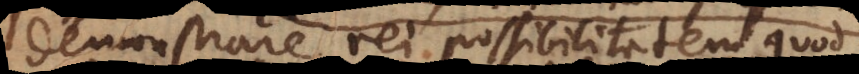
demonstrare rei possibilitatem, quod